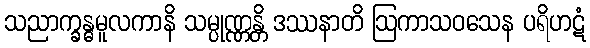
သညာက္ခန္ဓမူလကာနိ သမ္ပုဏ္ဏန္တိ ဒဿနာတိ ဩကာသဝသေန ပရိဟဋံ